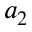
a _ { 2 }